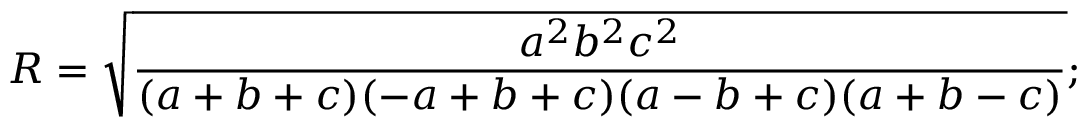
R = { \sqrt { \frac { a ^ { 2 } b ^ { 2 } c ^ { 2 } } { ( a + b + c ) ( - a + b + c ) ( a - b + c ) ( a + b - c ) } } } ;